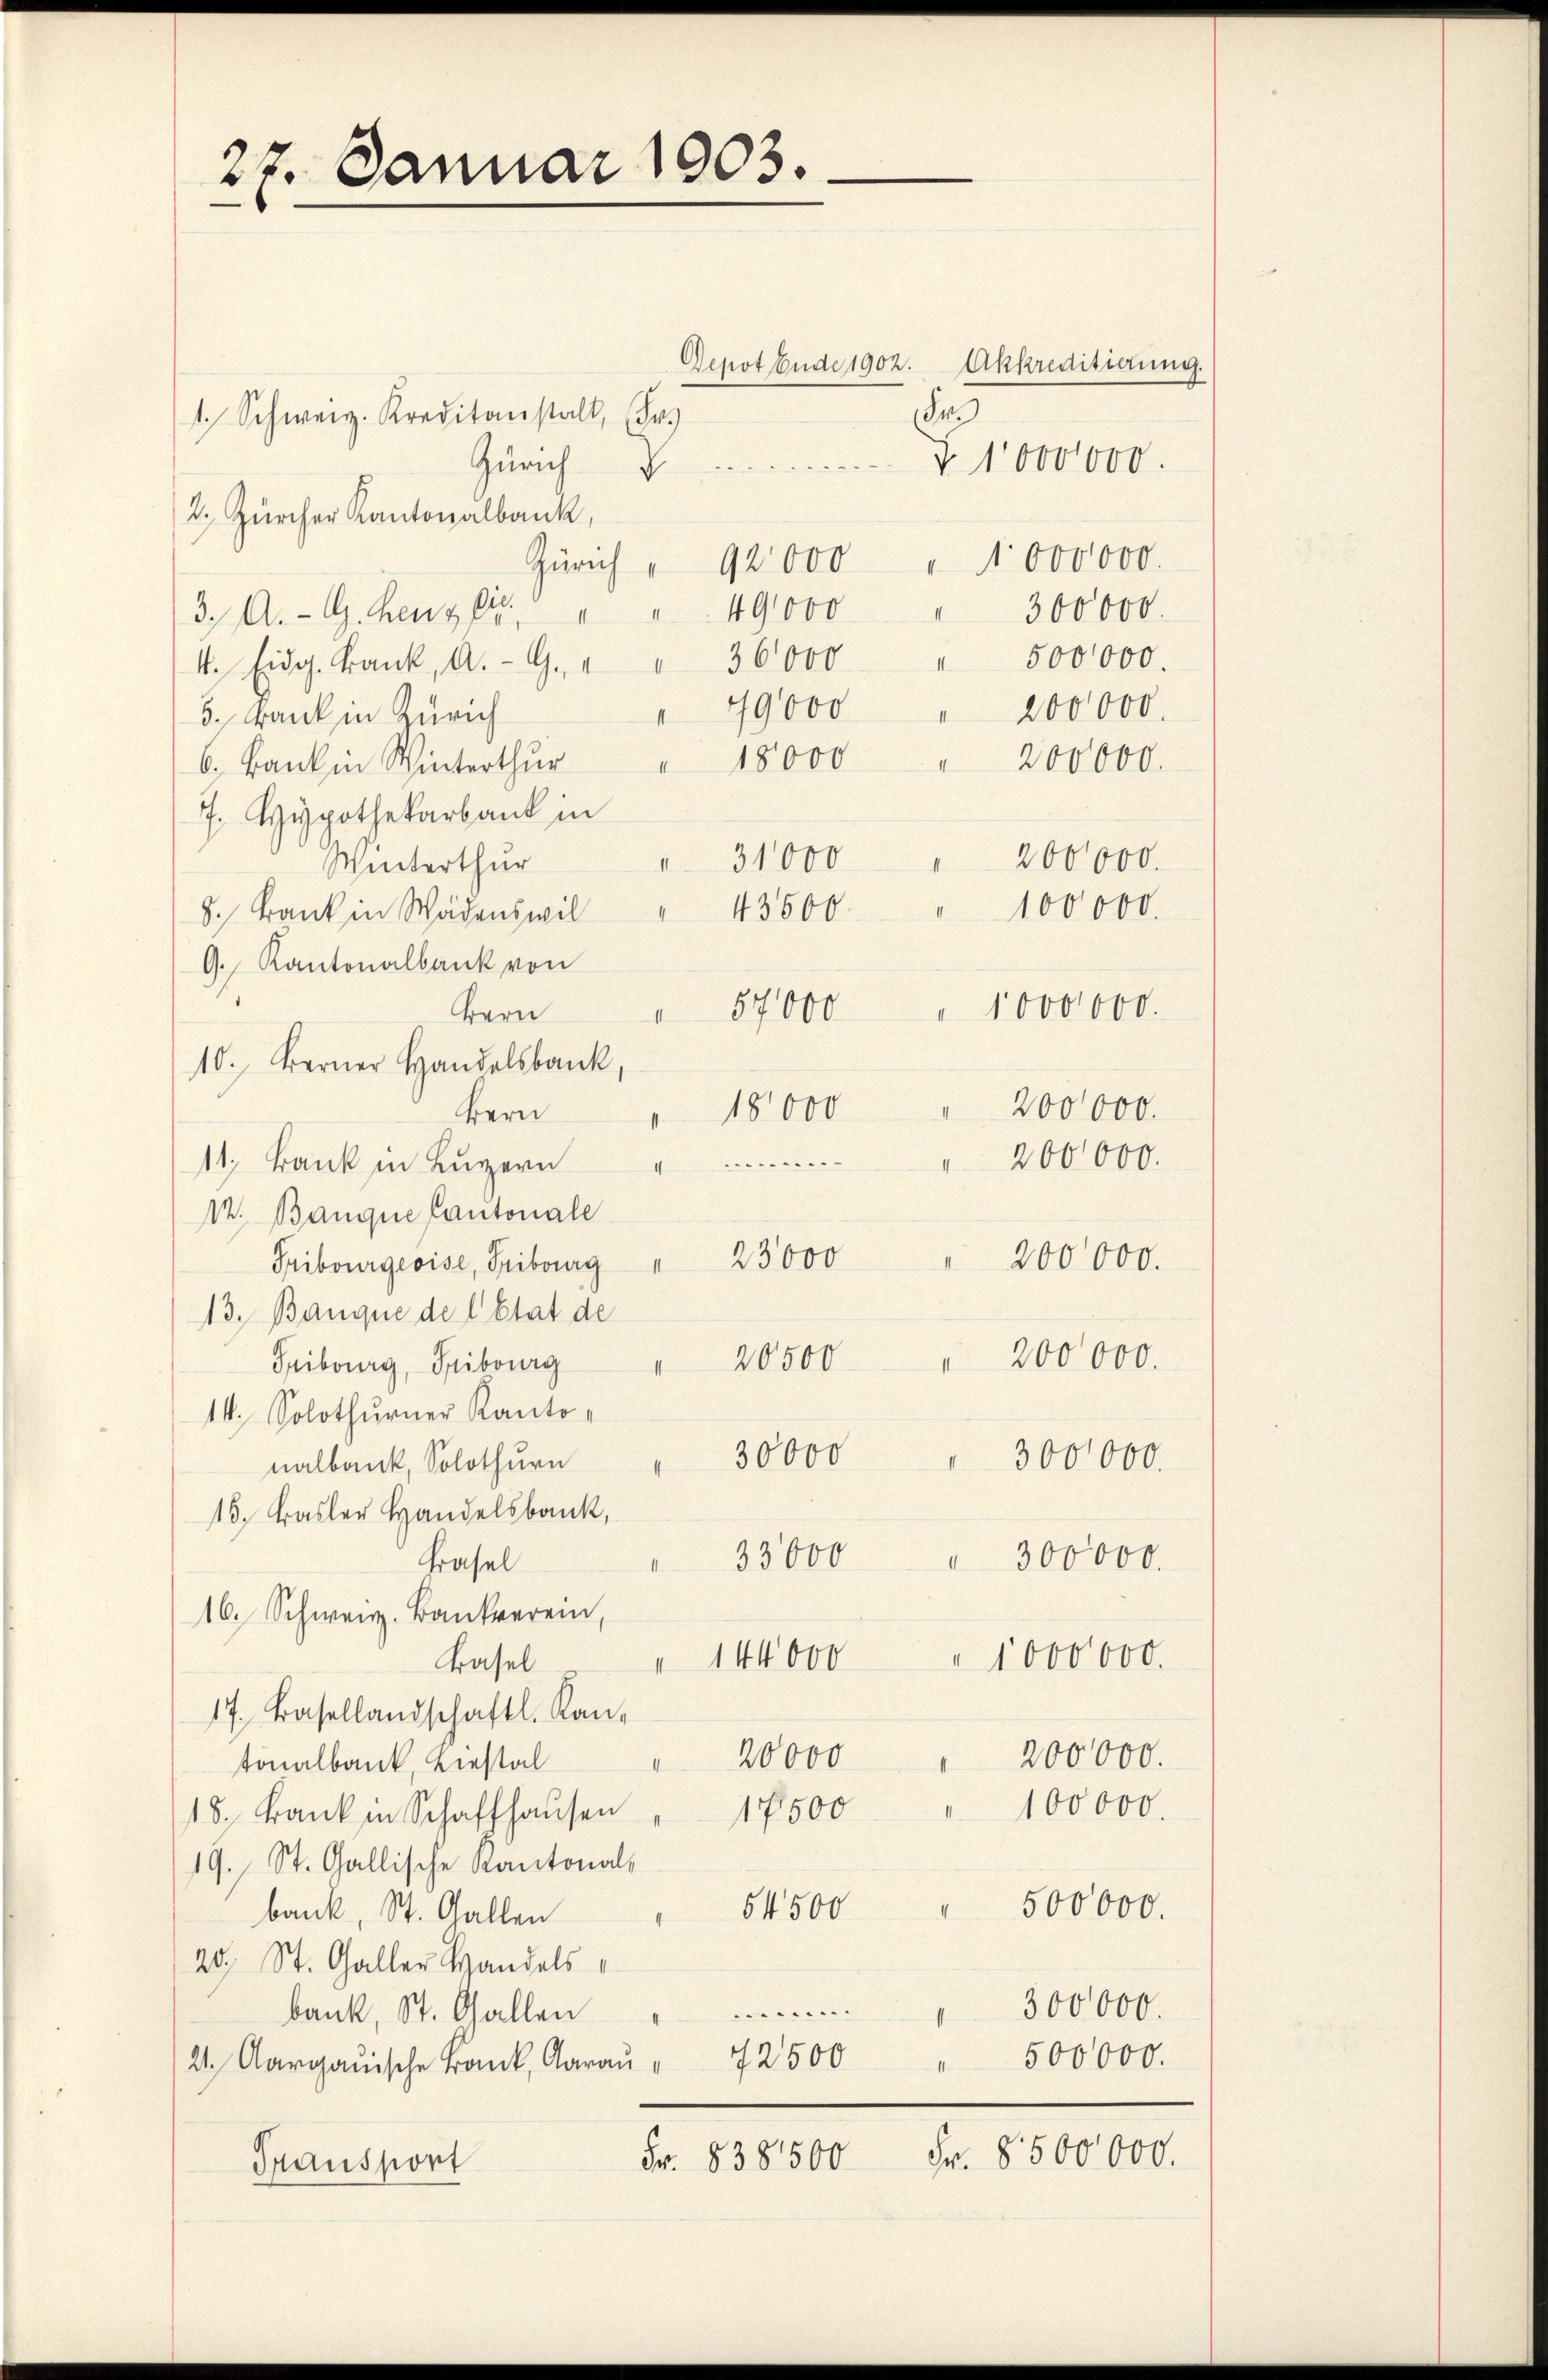
27. Januar 1903.

Depot Ende 1902.
e
1. Schweiz. Kreditanstalt, (Frs
T 1000000.
Zürich
2. Zürcher Kantonalbank,
Zürich " 92000 " 1000000.
49000
3., A. G. Benz bis
" 300000.
4. Eidg. Frank, A. G. " " 36000 500000.
49000
 200000.
5. Dank in Zürich
 200000.
6. Bank in Winterthŭr " 18000
7. Hypothekarbank in
 31000
 200000.
Winterthur
100000.
43600
8. Bank in Wädenswil
G. Kantonalbank von
" 1000000.
 57000
Bern
10. Ferner Handelsbank,
200000.
 18,000
Bern
11. Bank in Lŭzern " " 200000.
1. Banque Cantonale
200000.
Fribourgeoise, Freiburg " 23000
13. Banque de l’Etat de
20500 " 200000.
Fribourg, Fribourg
14. Solothurner Kanto¬
30000 " 300000.
nalbank, Solothurn
15. Basler Handelsbank,
33,000 " 300000.
Frasel
16. Schweiz. Bankverein,
" 144000 " 1000000.
Basel
17. Basellandschaftl. Kan¬
20000
200000.
tonalbank, Liestal
I
17500 " 100000.
18. Bank in Schaffhausen
19. St. Gallische Kantonal¬
500000.
54500
I
bank, St. Gallen
20, St. Galler Handels
300000.
bank, St. Gallen
(2. Aargauische Bank, Aaraŭ " 72500 500000.
Fr. 8500000.
Fr. 838500
Transport

Akkreditierung.